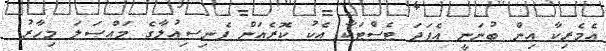
އެމެރިކާ އިން ބުނަނީ އެފަދަ ޓެސްޓަކާ އެކު ކޮރެއަން ޕެނިސިއުލާގެ މައްސަލަ މިހާރު